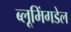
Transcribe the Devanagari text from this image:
ब्लूमिंगडेल